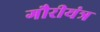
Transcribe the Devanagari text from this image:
गौरीयंत्र